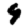
Digit: 9